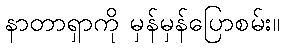
နာတာရှာကို မှန်မှန်ပြောစမ်း။